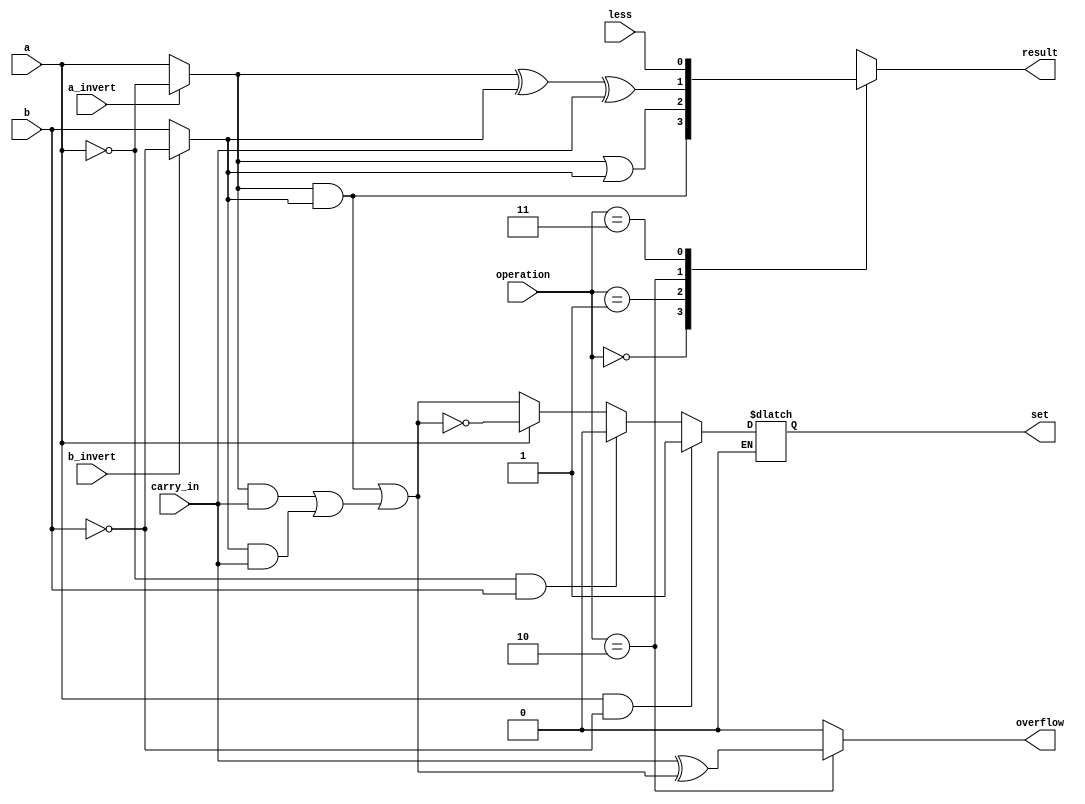
module msb_bit_alu (
    input        a,          // 1 bit, a
    input        b,          // 1 bit, b
    input        less,       // 1 bit, Less
    input        a_invert,   // 1 bit, Ainvert
    input        b_invert,   // 1 bit, Binvert
    input        carry_in,   // 1 bit, CarryIn
    input  [1:0] operation,  // 2 bit, Operation
    output       result,     // 1 bit, Result (Must it be a reg?)
    output       set,        // 1 bit, Set
    output       overflow    // 1 bit, Overflow
);

    /* Try to implement the most significant bit ALU by yourself! */
    reg result;
    wire ai, bi;
    wire sum, carry_out;
    wire tmp;

    assign ai = (a_invert) ? ~a : a;
    assign bi = (b_invert) ? ~b : b;

    // sum and carry_out
    assign carry_out = (ai & bi) | tmp;
    assign tmp = (ai & carry_in) | (bi & carry_in);
    assign sum = ai ^ bi ^ carry_in;
    
   // assign less = ((operation == 2'b11) && (sum<0)) ? 1 : 0;

    // overflow and set
    assign overflow = ((operation == 2'b10 )) ? carry_in ^ carry_out : 0;
    assign set = temp;
    
    reg temp;
    always @(*) begin
        if(a==1 && b==0) temp<=1;
        else if (a==0 && b==1) temp<=0;
        else if (a==1) temp<=~carry_out;
        else if (a==0) temp<=carry_out;
    end
    
    
    // result
    always @(*) begin
        case (operation)
            2'b00: result <= ai & bi;  // AND
            2'b01: result <= ai | bi;  // OR
            2'b10: result <= ai ^ bi ^ carry_in;  // ADD
            2'b11: result <= less;  // SLT
            default: result <= 0;  // should not happened
        endcase
    end



endmodule